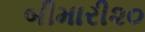
બીમારી૨૦